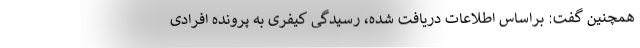
همچنین گفت: براساس اطلاعات دریافت شده، رسیدگی کیفری به پرونده افرادی